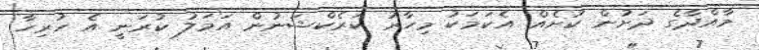
މާއްދާގެ ދަށުން ކުށެއް. އެކަމަކު މިހާރު ކަރެކްޝަނުން އަމަލު ކުރަނީ އެ ހުރިހާ